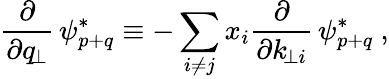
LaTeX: \frac{\partial}{\partial q_{\! \perp}}\, \psi_{p+q}^{*}\equiv-\sum_{i\ne j}x_{i}\frac{\partial}{\partial k_{\! \perp i}}\, \psi_{p+q}^{*}\ ,